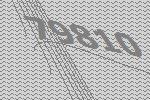
79810